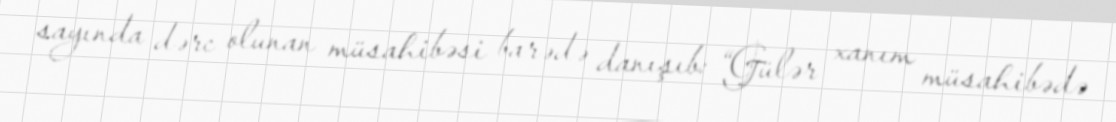
sayında dərc olunan müsahibəsi barədə danışıb: “Gülər xanım müsahibədə